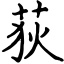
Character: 荻